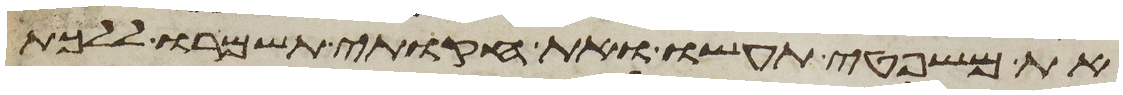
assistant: את משפטי תעשו ואת חקותי תשמרו ללכת